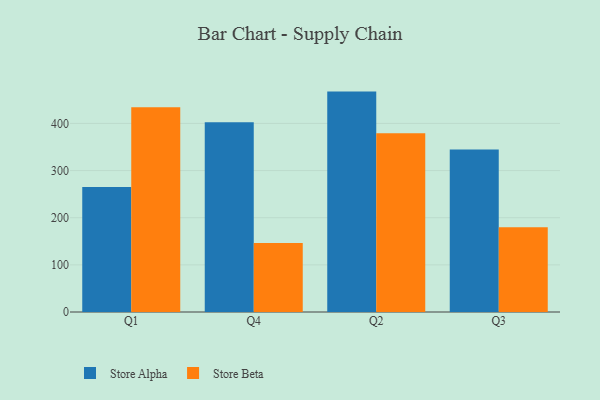
{"axis": {"x": "Quarter", "y": "Demand Index"}, "legend": ["Store Alpha", "Store Beta"], "data": [{"x": "Q1", "y": 265.0, "type": "Store Alpha"}, {"x": "Q1", "y": 434.2, "type": "Store Beta"}, {"x": "Q4", "y": 402.7, "type": "Store Alpha"}, {"x": "Q4", "y": 146.3, "type": "Store Beta"}, {"x": "Q2", "y": 467.5, "type": "Store Alpha"}, {"x": "Q2", "y": 379.0, "type": "Store Beta"}, {"x": "Q3", "y": 344.9, "type": "Store Alpha"}, {"x": "Q3", "y": 179.9, "type": "Store Beta"}]}